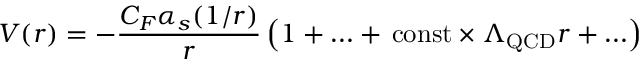
V ( r ) = - \frac { C _ { F } \alpha _ { s } ( 1 / r ) } { r } \left( 1 + \ldots + \, \mathrm { c o n s t } \times \Lambda _ { \mathrm { Q C D } } r + \ldots \right)